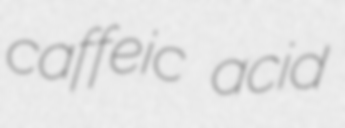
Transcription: caffeic acid